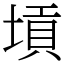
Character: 𡎴